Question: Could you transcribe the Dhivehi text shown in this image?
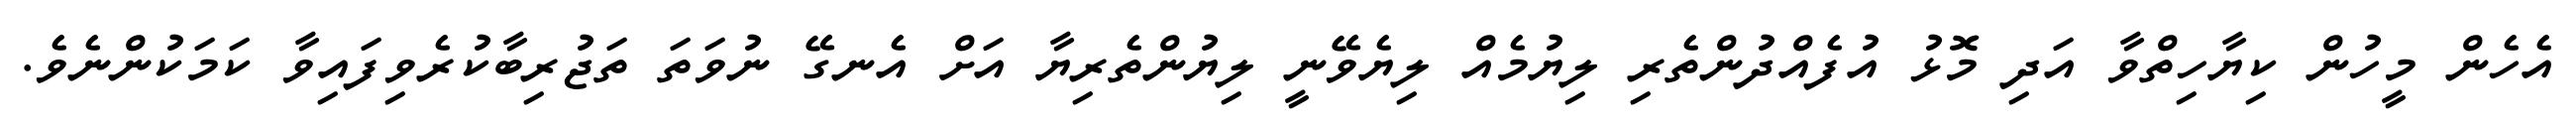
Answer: އެހެން މީހުން ކިޔާހިތްވާ އަދި މޮޅު އުފެއްދުންތެރި ލިޔުމެއް ލިޔެވޭނީ ލިޔުންތެރިޔާ އަށް އެނގޭ ނުވަތަ ތަޖުރިބާކުރެވިފައިވާ ކަމަކުންނެވެ.